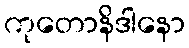
ကုတောနိဒါနော